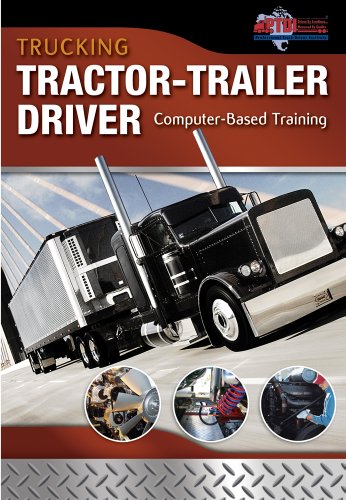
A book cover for Trucking: Tractor-Trailer Driver Computer Based Training, CD-ROM (Automotive Multimedia Solutions); Cengage Learning Delmar; Test Preparation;